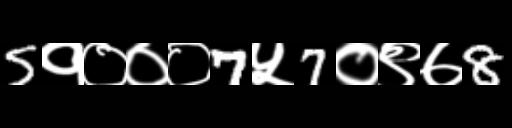
Text: 5१०००7५7०९७8